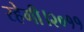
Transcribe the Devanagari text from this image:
रहेगी।२०११